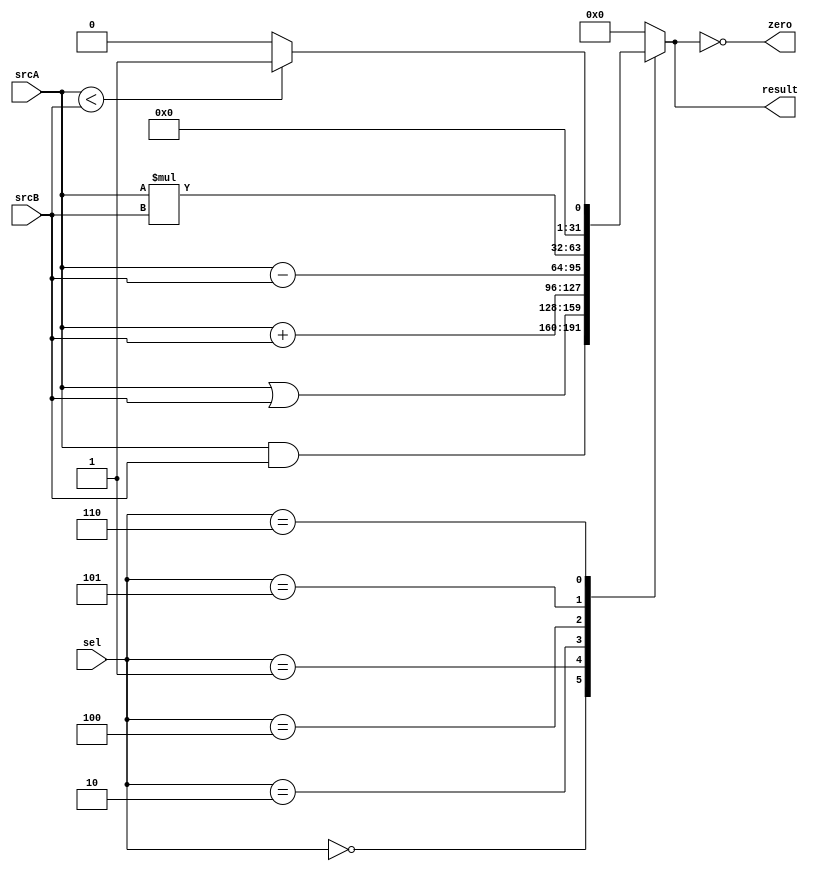
module ALU (
    input       wire    [2:0]   sel,
    input       wire    [31:0]  srcA,
    input       wire    [31:0]  srcB,
    
    output      wire             zero,
    output      reg     [31:0]   result
);

always @(*) 
    begin
        case (sel)
            3'd0:
                begin
                    result = srcA&srcB;
                end
            3'd1:
                begin
                    result = srcA|srcB;
                end
            3'd2:
                begin
                    result = srcA+srcB;
                end
            3'd4:
                begin
                    result = srcA-srcB;
                end
            3'd5:
                begin
                    result = srcA*srcB;
                end
            3'd6:
                begin
                    if (srcA < srcB) 
                        begin
                            result = 32'd1;
                        end
                    else
                        begin
                            result = 32'd0;
                        end
                end 
            default: 
                begin
                    result = 32'd0;
                end
        endcase
    end

    assign zero = (result == 32'd0);

endmodule